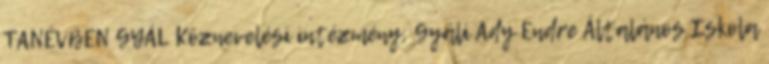
TANÉVBEN GYÁL Köznevelési intézmény: Gyáli Ady Endre Általános Iskola